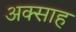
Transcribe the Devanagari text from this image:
अक्साह